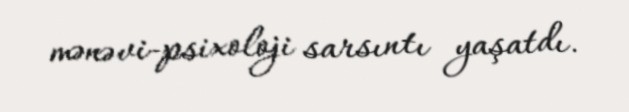
mənəvi-psixoloji sarsıntı yaşatdı.